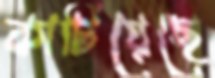
কাটিয়েছে